Annual report of the Madras Medical College
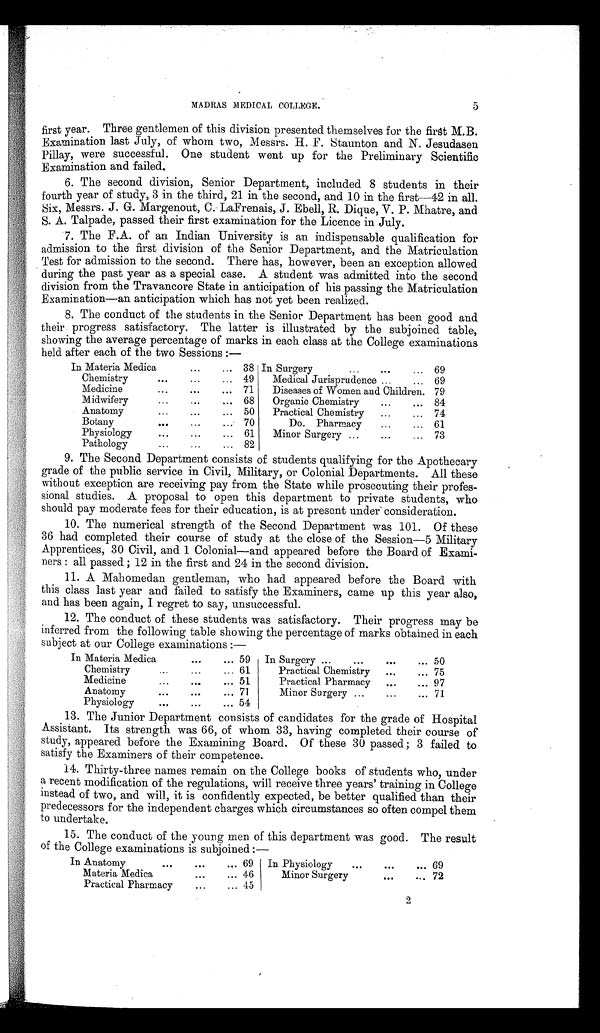
MADRAS MEDICAL COLLEGE.
first year. Three gentlemen of this division presented themselves for the first M.B.
Examination last July, of whom two, Messrs. H. F. Staunton and N. Jesudasen
Pillay, were successful. One student went up for the Preliminary Scientific
Examination and failed.
6.
The second division, Senior Department, included 8 students in their
fourth year of study, 3 in the third, 21 in the second, and 10 in the first-42 in all.
Six, Messrs. J. G. Margenout, C. LaFrenais, J. Ebell, R. Dique, V. P. Mhatre, and
S. A. Talpade, passed their first examination for the Licence in July.
7.
The F.A. of an Indian University is an indispensable qualification for
admission to the first division of the Senior Department, and the Matriculation
Test for admission to the second. There has, however, been an exception allowed
during the past year as a special case. A student was admitted into the second
division from the Travancore State in anticipation of his passing the Matriculation
Examination— an anticipation which has not yet been realized.
8.
The conduct of the students in the Senior Department has been good and
their progress satisfactory. The latter is illustrated by the subjoined table,
showing the average percentage of marks in each class at the College examinations
held after each of the two Sessions:—
In Materia Medica
38 In Surgery
69
Chemistry
49
Medical Jurisprudence
69
Medicine
71
Diseases of Women and Children. 79
Midwifery
68
Organic Chemistry
84
Anatomy
50
Practical Chemistry
74
Botany
70
Do. Pharmacy
61
Physiology
61
Minor Surgery
73
Pathology
82
9. The Second Department consists of students qualifying for the Apothecary
grade of the public service in Civil, Military, or Colonial Departments. All these
without exception are receiving pay from the State while prosecuting their profes-
sional studies. A proposal to open this department to private students, who
should pay moderate fees for their education, is at present under consideration.
10.
The numerical strength of the Second Department was 101. Of these
36 had completed their course of study at the close of the Session−5 Military
Apprentices, 30 Civil, and 1 Colonial−and appeared before the Board of Exami-
ners: all passed; 12 in the first and 24 in the second division.
11.
A Mahomedan gentleman, who had appeared before the Board with
this class last year and failed to satisfy the Examiners, came up this year also,
and has been again, I regret to say, unsuccessful.
12.
The conduct of these students was satisfactory. Their progress may be
inferred from the following table showing the percentage of marks obtained in each
subject at our College examinations:—
In Materia Medica
59
In Surgery
50
Chemistry
61
Practical Chemistry
75
Medicine
51
Practical Pharmacy
97
Anatomy
71
Minor Surgery
71
Physiology
54
13.
The Junior Department consists of candidates for the grade of Hospital
Assistant. Its strength was 66, of whom 33, having completed their course of
study, appeared before the Examining Board. Of these 30 passed; 3 failed to
satisfy the Examiners of their competence.
14.
Thirty-three nam`es remain on the College books of students who, under
a recent modification of the regulations, will receive three years' training in College
instead of two, and will, it is confidently expected, be better qualified than their
predecessors for the independent charges which circumstances so often compel them
to undertake.
15.
The conduct of the young men of this department was good. The result
of the College examinations is subjoined:—
In Anatomy
69
In Physiology
69
Materia Medica
46
Minor Surgery
72
Practical Pharmacy
45
2